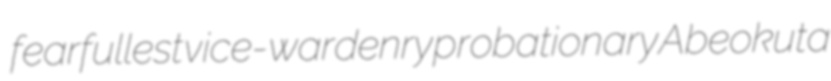
fearfullest vice-wardenry probationary Abeokuta